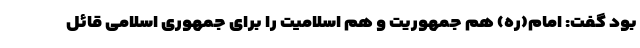
بود گفت: امام(ره) هم جمهوریت و هم اسلامیت را برای جمهوری اسلامی قائل